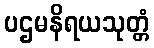
ပဌမနိရယသုတ္တံ